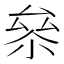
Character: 㕘